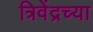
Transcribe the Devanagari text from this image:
त्रिवेंद्रच्या